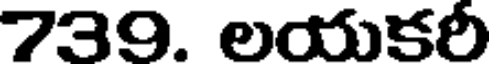
739. లయకరీ